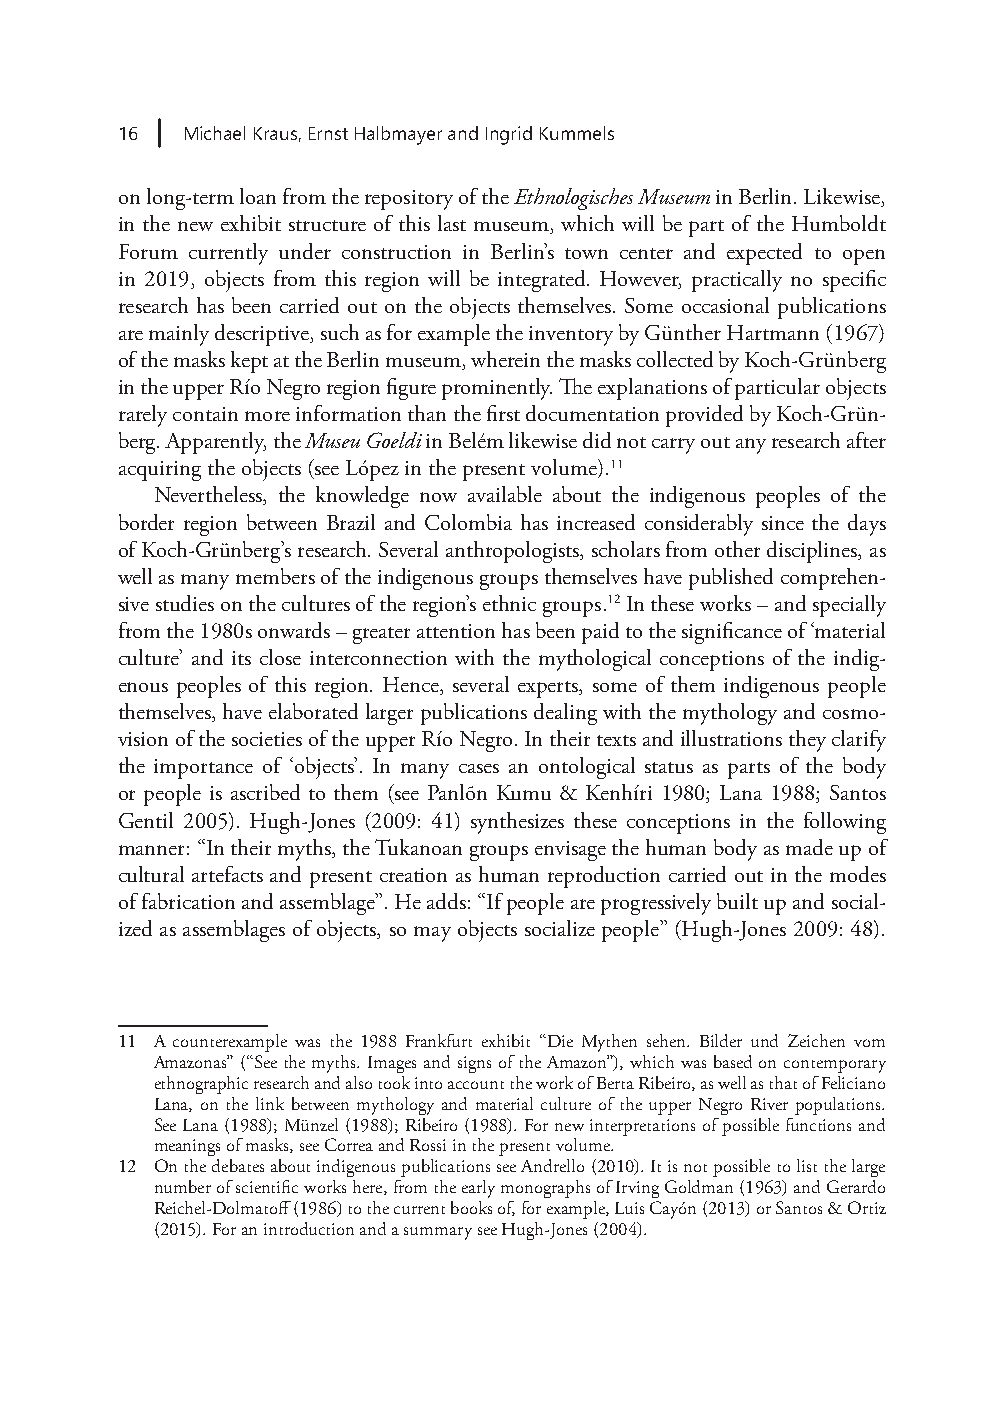
16  Michael Kraus, Ernst Halbmayer and Ingrid Kummels
 on long-term loan from the repository of the Ethnologisches Museum in Berlin. Likewise,
 in the new exhibit structure of this last museum, which will be part of the Humboldt
 Forum currently under construction in Berlin’s town center and expected to open
 in 2019, objects from this region will be integrated. However, practically no specific
 research has been carried out on the objects themselves. Some occasional publications
 are mainly descriptive, such as for example the inventory by Günther Hartmann (1967)
 of the masks kept at the Berlin museum, wherein the masks collected by Koch-Grünberg
 in the upper Río Negro region figure prominently. The explanations of particular objects
 rarely contain more information than the first documentation provided by Koch-Grün-
 berg. Apparently, the Museu Goeldi in Belém likewise did not carry out any research after
 acquiring the objects (see López in the present volume).11
 Nevertheless, the knowledge now available about the indigenous peoples of the
 border region between Brazil and Colombia has increased considerably since the days
 of Koch-Grünberg’s research. Several anthropologists, scholars from other disciplines, as
 well as many members of the indigenous groups themselves have published comprehen-
 sive studies on the cultures of the region’s ethnic groups.12 In these works – and specially
 from the 1980s onwards – greater attention has been paid to the significance of ‘material
 culture’ and its close interconnection with the mythological conceptions of the indig-
 enous peoples of this region. Hence, several experts, some of them indigenous people
 themselves, have elaborated larger publications dealing with the mythology and cosmo-
 vision of the societies of the upper Río Negro. In their texts and illustrations they clarify
 the importance of ‘objects’. In many cases an ontological status as parts of the body
 or people is ascribed to them (see Panlõn Kumu & Kenhíri 1980; Lana 1988; Santos
 Gentil 2005). Hugh-Jones (2009: 41) synthesizes these conceptions in the following
 manner: “In their myths, the Tukanoan groups envisage the human body as made up of
 cultural artefacts and present creation as human reproduction carried out in the modes
 of fabrication and assemblage”. He adds: “If people are progressively built up and social-
 ized as assemblages of objects, so may objects socialize people” (Hugh-Jones 2009: 48).
 11 A counterexample was the 1988 Frankfurt exhibit “Die Mythen sehen. Bilder und Zeichen vom
 Amazonas” (“See the myths. Images and signs of the Amazon”), which was based on contemporary
 ethnographic research and also took into account the work of Berta Ribeiro, as well as that of Feliciano
 Lana, on the link between mythology and material culture of the upper Negro River populations.
 See Lana (1988); Münzel (1988); Ribeiro (1988). For new interpretations of possible functions and
 meanings of masks, see Correa and Rossi in the present volume.
 12 On the debates about indigenous publications see Andrello (2010). It is not possible to list the large
 number of scientific works here, from the early monographs of Irving Goldman (1963) and Gerardo
 Reichel-Dolmatoff (1986) to the current books of, for example, Luis Cayón (2013) or Santos & Ortiz
 (2015). For an introduction and a summary see Hugh-Jones (2004).